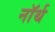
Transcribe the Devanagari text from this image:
नाॅर्थ